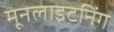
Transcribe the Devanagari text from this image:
मूनलाइटनिंग